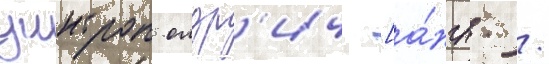
уинтроп олдр'ич [а́нгл. /